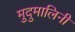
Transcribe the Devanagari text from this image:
मुदुमालिनी